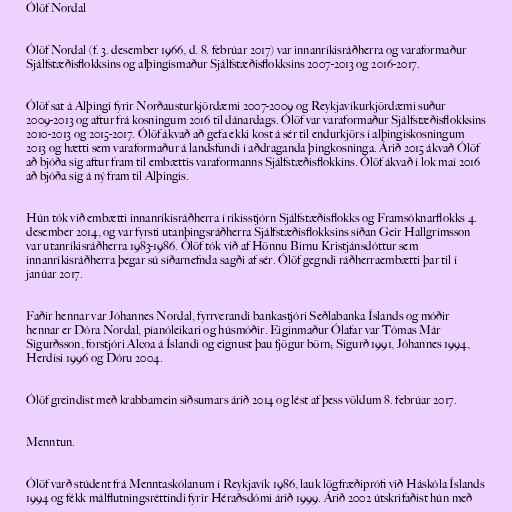
Ólöf Nordal

Ólöf Nordal (f. 3. desember 1966, d. 8. febrúar 2017) var innanríkisráðherra og varaformaður
Sjálfstæðisflokksins og alþingismaður Sjálfstæðisflokksins 2007-2013 og 2016-2017.

Ólöf sat á Alþingi fyrir Norðausturkjördæmi 2007-2009 og Reykjavíkurkjördæmi suður
2009-2013 og aftur frá kosningum 2016 til dánardags. Ólöf var varaformaður Sjálfstæðisflokksins
2010-2013 og 2015-2017. Ólöf ákvað að gefa ekki kost á sér til endurkjörs í alþingiskosningum
2013 og hætti sem varaformaður á landsfundi í aðdraganda þingkosninga. Árið 2015 ákvað Ólöf
að bjóða sig aftur fram til embættis varaformanns Sjálfstæðisflokkins. Ólöf ákvað í lok maí 2016
að bjóða sig á ný fram til Alþingis.

Hún tók við embætti innanríkisráðherra í ríkisstjórn Sjálfstæðisflokks og Framsóknarflokks 4.
desember 2014, og var fyrsti utanþingsráðherra Sjálfstæðisflokksins síðan Geir Hallgrímsson
var utanríkisráðherra 1983-1986. Ólöf tók við af Hönnu Birnu Kristjánsdóttur sem
innanríkisráðherra þegar sú síðarnefnda sagði af sér. Ólöf gegndi ráðherraembætti þar til í
janúar 2017.

Faðir hennar var Jóhannes Nordal, fyrrverandi bankastjóri Seðlabanka Íslands og móðir
hennar er Dóra Nordal, píanóleikari og húsmóðir. Eiginmaður Ólafar var Tómas Már
Sigurðsson, forstjóri Alcoa á Íslandi og eignust þau fjögur börn; Sigurð 1991, Jóhannes 1994,
Herdísi 1996 og Dóru 2004.

Ólöf greindist með krabbamein síðsumars árið 2014 og lést af þess völdum 8. febrúar 2017.

Menntun.

Ólöf varð stúdent frá Menntaskólanum í Reykjavík 1986, lauk lögfræðiprófi við Háskóla Íslands
1994 og fékk málflutningsréttindi fyrir Héraðsdómi árið 1999. Árið 2002 útskrifaðist hún með